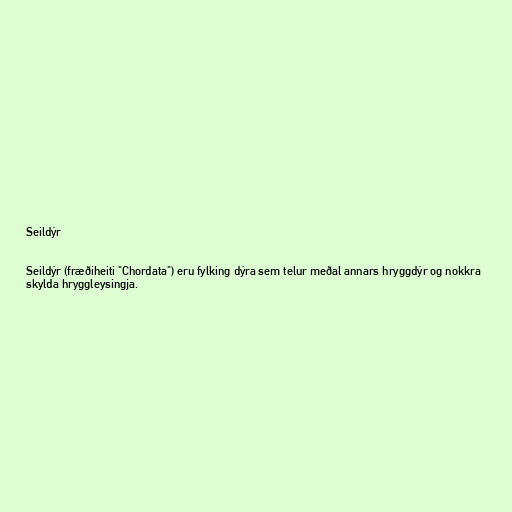
Seildýr

Seildýr (fræðiheiti "Chordata") eru fylking dýra sem telur meðal annars hryggdýr og nokkra
skylda hryggleysingja.